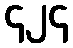
၄၂၄